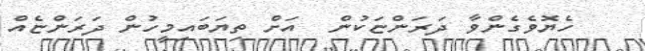
ހެޔޮވެގެންވާ ދަރަންޏަކުން  އަށް ތިޔަބައިމީހުން ދަރަންޏެއް